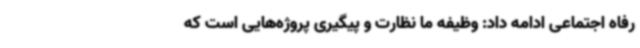
رفاه اجتماعی ادامه داد: وظیفه ما نظارت و پیگیری پروژه‌هایی است که